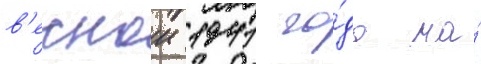
в'еснои 1941 го́да на́